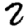
Digit: 2